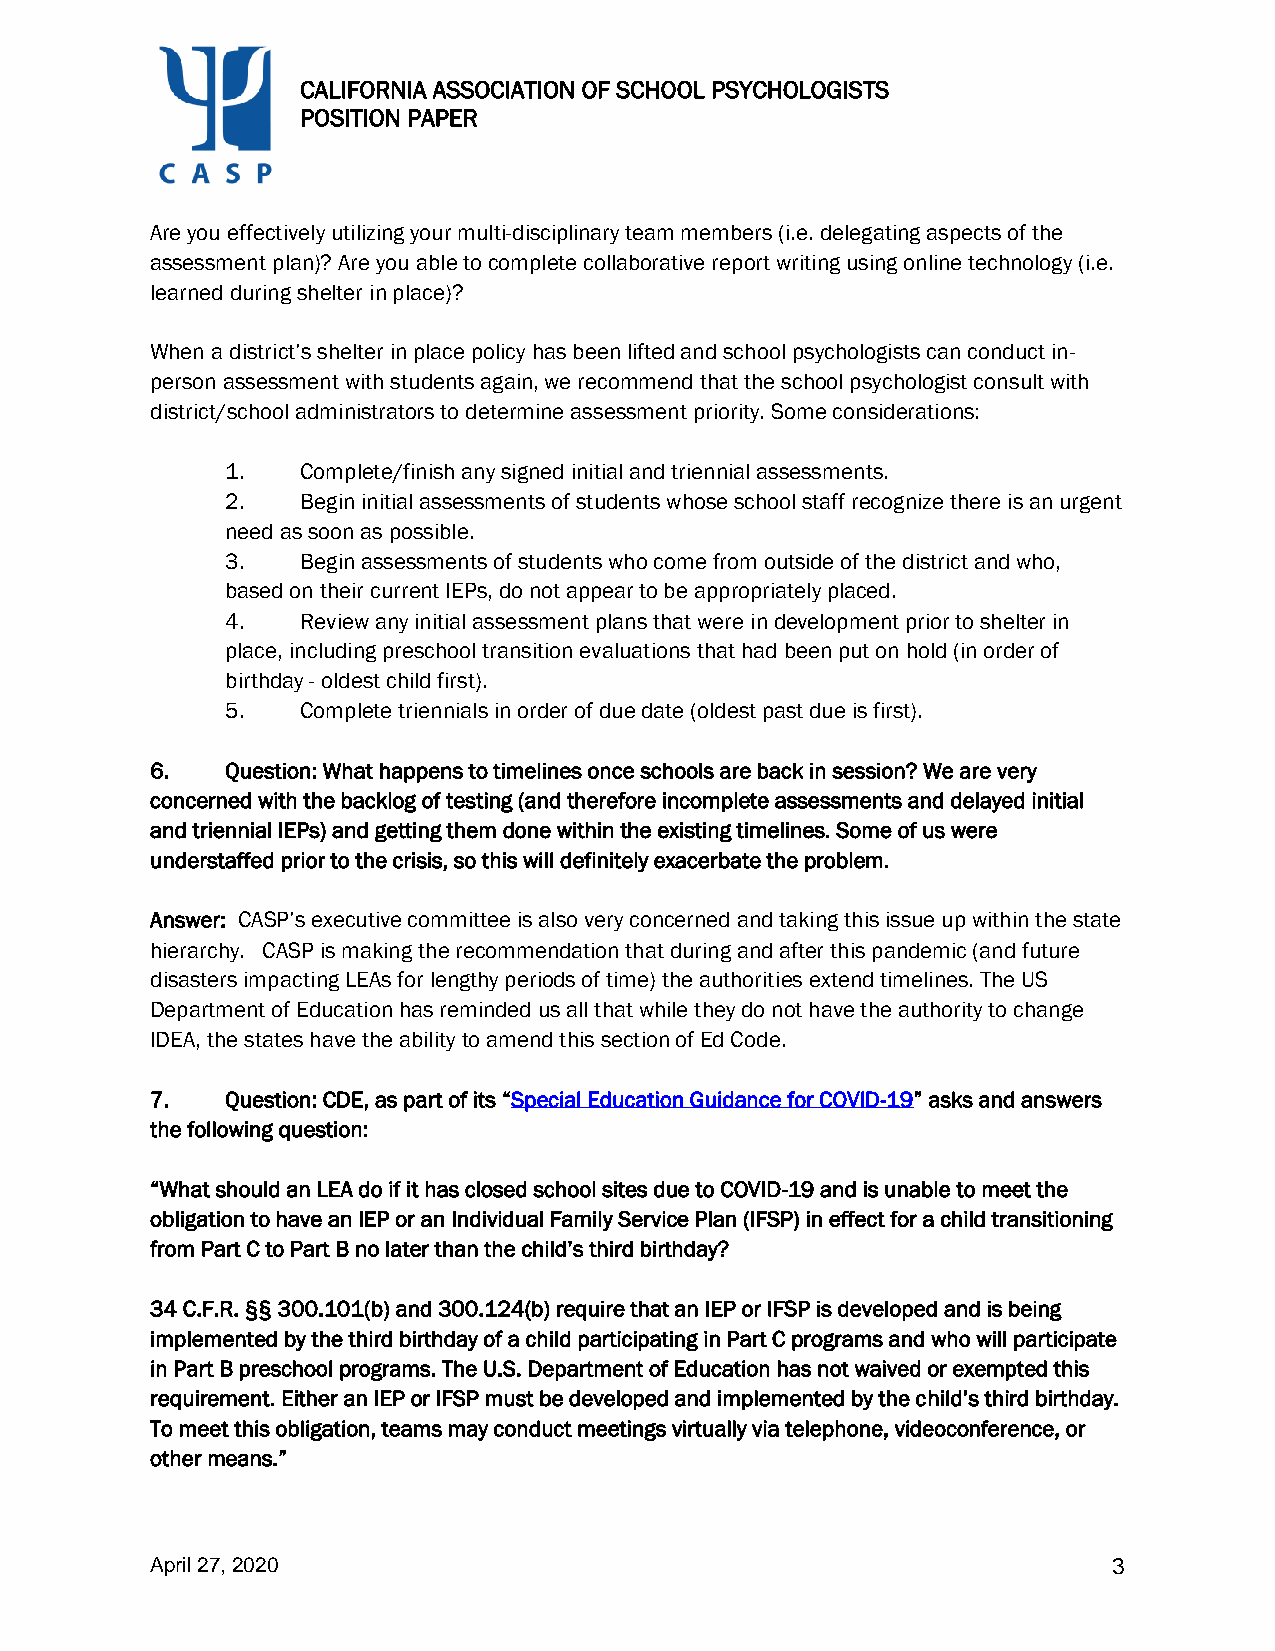
CALIFORNIA ASSOCIATION OF SCHOOL PSYCHOLOGISTS
 POSITION PAPER
 Are you effectively utilizing your multi-disciplinary team members (i.e. delegating aspects of the
 assessment plan)? Are you able to complete collaborative report writing using online technology (i.e.
 learned during shelter in place)?
 When a district’s shelter in place policy has been lifted and school psychologists can conduct in-
 person assessment with students again, we recommend that the school psychologist consult with
 district/school administrators to determine assessment priority. Some considerations:
 1.   Complete/finish any signed initial and triennial assessments.
 2.   Begin initial assessments of students whose school staff recognize there is an urgent
 need as soon as possible.
 3.   Begin assessments of students who come from outside of the district and who,
 based on their current IEPs, do not appear to be appropriately placed.
 4.   Review any initial assessment plans that were in development prior to shelter in
 place, including preschool transition evaluations that had been put on hold (in order of
 birthday - oldest child first).
 5.   Complete triennials in order of due date (oldest past due is first).
 6.   Question: What happens to timelines once schools are back in session? We are very
 concerned with the backlog of testing (and therefore incomplete assessments and delayed initial
 and triennial IEPs) and getting them done within the existing timelines. Some of us were
 understaffed prior to the crisis, so this will definitely exacerbate the problem.
 Answer: CASP’s executive committee is also very concerned and taking this issue up within the state
 hierarchy. CASP is making the recommendation that during and after this pandemic (and future
 disasters impacting LEAs for lengthy periods of time) the authorities extend timelines. The US
 Department of Education has reminded us all that while they do not have the authority to change
 IDEA, the states have the ability to amend this section of Ed Code.
 7.   Question: CDE, as part of its “Special Education Guidance for COVID-19” asks and answers
 the following question:
 “What should an LEA do if it has closed school sites due to COVID-19 and is unable to meet the
 obligation to have an IEP or an Individual Family Service Plan (IFSP) in effect for a child transitioning
 from Part C to Part B no later than the child’s third birthday?
 34 C.F.R. §§ 300.101(b) and 300.124(b) require that an IEP or IFSP is developed and is being
 implemented by the third birthday of a child participating in Part C programs and who will participate
 in Part B preschool programs. The U.S. Department of Education has not waived or exempted this
 requirement. Either an IEP or IFSP must be developed and implemented by the child’s third birthday.
 To meet this obligation, teams may conduct meetings virtually via telephone, videoconference, or
 other means.”
 April 27, 2020                                                  3